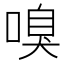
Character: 嗅